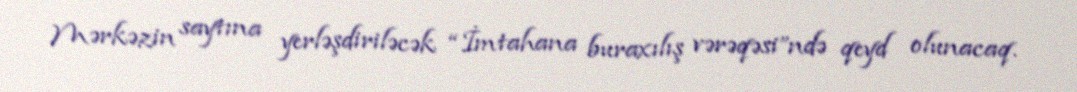
Mərkəzin saytına yerləşdiriləcək “İmtahana buraxılış vərəqəsi”ndə qeyd olunacaq.